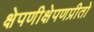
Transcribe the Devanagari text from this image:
क्षेपणीक्षेपणप्रीतो